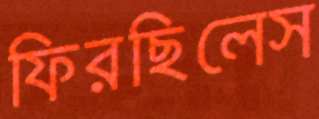
ফিরছিলেস